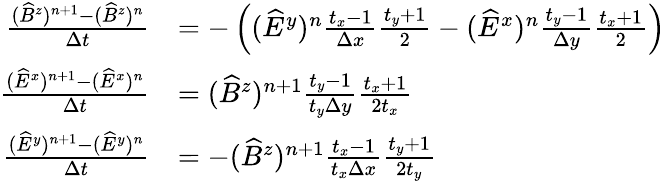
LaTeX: \begin{array}{rl}{\frac{(\widehat B^{z})^{n+1}-(\widehat B^{z})^{n}}{\Delta t}}&{=-\left((\widehat E^{y})^{n}\frac{t_{x}-1}{\Delta x}\frac{t_{y}+1}{2}-(\widehat E^{x})^{n}\frac{t_{y}-1}{\Delta y}\frac{t_{x}+1}{2}\right)}\\ {\frac{(\widehat E^{x})^{n+1}-(\widehat E^{x})^{n}}{\Delta t}}&{=(\widehat B^{z})^{n+1}\frac{t_{y}-1}{t_{y}\Delta y}\frac{t_{x}+1}{2t_{x}}}\\ {\frac{(\widehat E^{y})^{n+1}-(\widehat E^{y})^{n}}{\Delta t}}&{=-(\widehat B^{z})^{n+1}\frac{t_{x}-1}{t_{x}\Delta x}\frac{t_{y}+1}{2t_{y}}}\end{array}